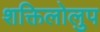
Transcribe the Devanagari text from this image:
शक्तिलोलुप